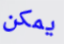
يمكن